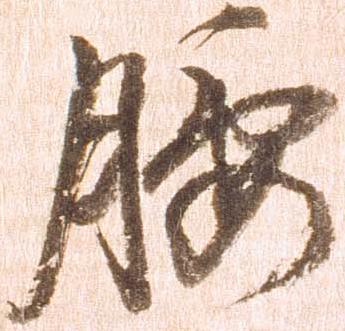
腰